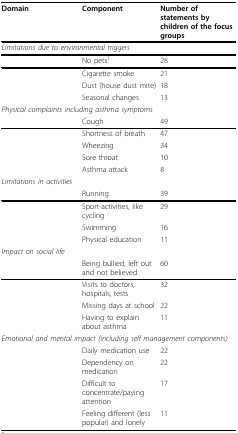
| Domain | Component | Number of statements by children of the focus groups |
 | --- | --- | --- |
 | <COLSPAN=3> Limitations due to environmental triggers |
 |  | No pets1 | 28 |
 |  | Cigarette smoke | 21 |
 |  | Dust (house dust mite) | 18 |
 |  | Seasonal changes | 13 |
 | <COLSPAN=3> Physical complaints including asthma symptoms |
 |  | Cough | 49 |
 |  | Shortness of breath | 47 |
 |  | Wheezing | 34 |
 |  | Sore throat | 10 |
 |  | Asthma attack | 8 |
 | <COLSPAN=3> Limitations in activities |
 |  | Running | 39 |
 |  | Sport-activities, like cycling | 29 |
 |  | Swimming | 16 |
 |  | Physical education | 11 |
 | <COLSPAN=3> Impact on social life |
 |  | Being bullied, left out and not believed | 60 |
 |  | Visits to doctors, hospitals, tests | 32 |
 |  | Missing days at school | 22 |
 |  | Having to explain about asthma | 11 |
 | <COLSPAN=3> Emotional and mental impact (including self management components) |
 |  | Daily medication use | 22 |
 |  | Dependency on medication | 22 |
 |  | Difficult to concentrate/paying attention | 17 |
 |  | Feeling different (less popular) and lonely | 11 |